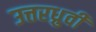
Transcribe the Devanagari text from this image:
उत्तरध्रुवी